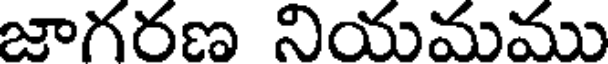
జాగరణ నియమము